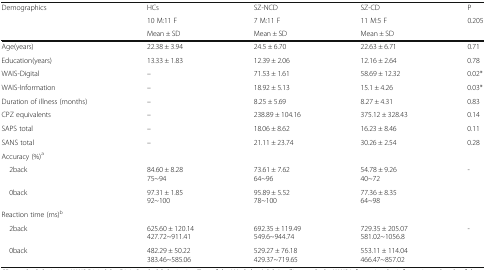
| <ROWSPAN=3> Demographics | HCs | SZ-NCD | SZ-CD | P |
 | 10 M:11 F | 7 M:11 F | 11 M:5 F | 0.205 |
 | Mean ± SD | Mean ± SD | Mean ± SD |  |
 | --- | --- | --- | --- | --- |
 | Age(years) | 22.38 ± 3.94 | 24.5 ± 6.70 | 22.63 ± 6.71 | 0.71 |
 | Education(years) | 13.33 ± 1.83 | 12.39 ± 2.06 | 12.16 ± 2.64 | 0.78 |
 | WAIS-Digital | – | 71.53 ± 1.61 | 58.69 ± 12.32 | 0.02* |
 | WAIS-Information | – | 18.92 ± 5.13 | 15.1 ± 4.26 | 0.03* |
 | Duration of illness (months) | – | 8.25 ± 5.69 | 8.27 ± 4.31 | 0.83 |
 | CPZ equivalents | – | 238.89 ± 104.16 | 375.12 ± 328.43 | 0.14 |
 | SAPS total | – | 18.06 ± 8.62 | 16.23 ± 8.46 | 0.11 |
 | SANS total | – | 21.11 ± 23.74 | 30.26 ± 2.54 | 0.28 |
 | <COLSPAN=5> Accuracy (%)a |
 | 2back | 84.60 ± 8.2875~94 | 73.61 ± 7.6264~96 | 54.78 ± 9.2640~72 | - |
 | 0back | 97.31 ± 1.8592~100 | 95.89 ± 5.5278~100 | 77.36 ± 8.3564~98 |  |
 | <COLSPAN=5> Reaction time (ms)b |
 | 2back | 625.60 ± 120.14427.72~911.41 | 692.35 ± 119.49549.6~944.74 | 729.35 ± 205.07581.02~1056.8 | - |
 | 0back | 482.29 ± 50.22383.46~585.06 | 529.27 ± 76.18429.37~719.65 | 553.11 ± 114.04466.47~857.02 |  |